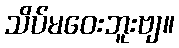
သိပ်မဝေးဘူးဗျ။